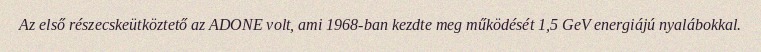
Az első részecskeütköztető az ADONE volt, ami 1968-ban kezdte meg működését 1,5 GeV energiájú nyalábokkal.